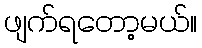
ဖျက်ရတော့မယ်။